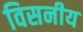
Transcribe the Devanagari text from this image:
विसनीय